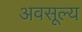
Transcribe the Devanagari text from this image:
अवसूल्य